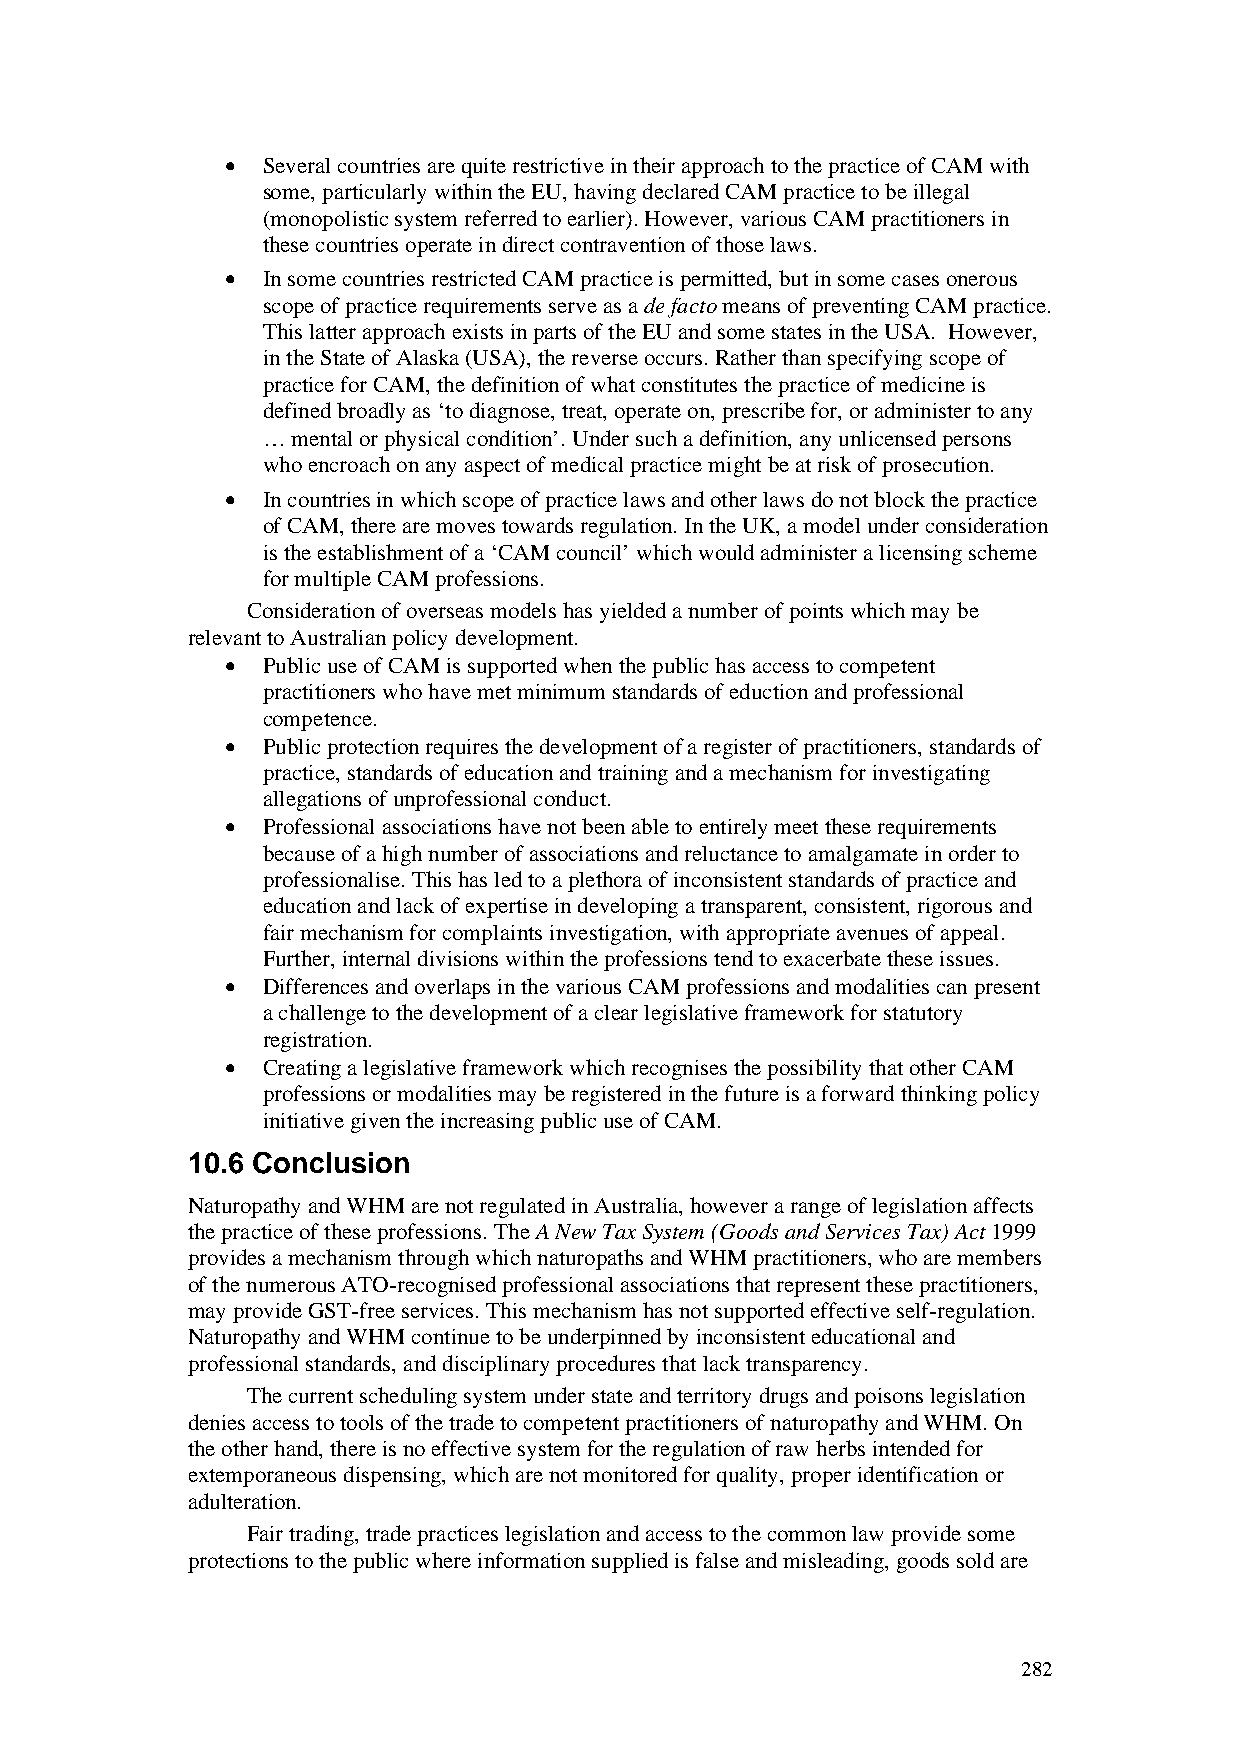
• Several countries are quite restrictive in their approach to the practice of CAM with
 some, particularly within the EU, having declared CAM practice to be illegal
 (monopolistic system referred to earlier). However, various CAM practitioners in
 these countries operate in direct contravention of those laws.
 • In some countries restricted CAM practice is permitted, but in some cases onerous
 scope of practice requirements serve as a de facto means of preventing CAM practice.
 This latter approach exists in parts of the EU and some states in the USA. However,
 in the State of Alaska (USA), the reverse occurs. Rather than specifying scope of
 practice for CAM, the definition of what constitutes the practice of medicine is
 defined broadly as ‘to diagnose, treat, operate on, prescribe for, or administer to any
 … mental or physical condition’. Under such a definition, any unlicensed persons
 who encroach on any aspect of medical practice might be at risk of prosecution.
 • In countries in which scope of practice laws and other laws do not block the practice
 of CAM, there are moves towards regulation. In the UK, a model under consideration
 is the establishment of a ‘CAM council’ which would administer a licensing scheme
 for multiple CAM professions.
 Consideration of overseas models has yielded a number of points which may be
 relevant to Australian policy development.
 • Public use of CAM is supported when the public has access to competent
 practitioners who have met minimum standards of eduction and professional
 competence.
 • Public protection requires the development of a register of practitioners, standards of
 practice, standards of education and training and a mechanism for investigating
 allegations of unprofessional conduct.
 • Professional associations have not been able to entirely meet these requirements
 because of a high number of associations and reluctance to amalgamate in order to
 professionalise. This has led to a plethora of inconsistent standards of practice and
 education and lack of expertise in developing a transparent, consistent, rigorous and
 fair mechanism for complaints investigation, with appropriate avenues of appeal.
 Further, internal divisions within the professions tend to exacerbate these issues.
 • Differences and overlaps in the various CAM professions and modalities can present
 a challenge to the development of a clear legislative framework for statutory
 registration.
 • Creating a legislative framework which recognises the possibility that other CAM
 professions or modalities may be registered in the future is a forward thinking policy
 initiative given the increasing public use of CAM.
 10.6 Conclusion
 Naturopathy and WHM are not regulated in Australia, however a range of legislation affects
 the practice of these professions. The A New Tax System (Goods and Services Tax) Act 1999
 provides a mechanism through which naturopaths and WHM practitioners, who are members
 of the numerous ATO-recognised professional associations that represent these practitioners,
 may provide GST-free services. This mechanism has not supported effective self-regulation.
 Naturopathy and WHM continue to be underpinned by inconsistent educational and
 professional standards, and disciplinary procedures that lack transparency.
 The current scheduling system under state and territory drugs and poisons legislation
 denies access to tools of the trade to competent practitioners of naturopathy and WHM. On
 the other hand, there is no effective system for the regulation of raw herbs intended for
 extemporaneous dispensing, which are not monitored for quality, proper identification or
 adulteration.
 Fair trading, trade practices legislation and access to the common law provide some
 protections to the public where information supplied is false and misleading, goods sold are
 282